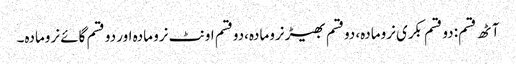
آٹھ قسم: دو قسم بکری نرومادہ، دوقسم بھیڑ نرومادہ،دوقسم اونٹ نرو مادہ اور دو قسم گائے نرومادہ۔